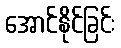
အောင်နိုင်ခြင်း